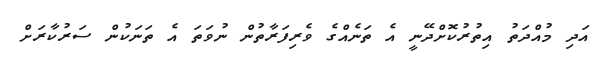
އަދި މުއްދަތު އިތުރުކޮށްދޭނީ އެ ތަނެއްގެ ވެރިފަރާތުން ނުވަތަ އެ ތަނަކުން ސަރުކާރަށް